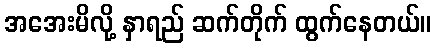
အအေးမိလို့ နှာရည် ဆက်တိုက် ထွက်နေတယ်။